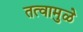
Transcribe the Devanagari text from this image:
तत्वामुळे